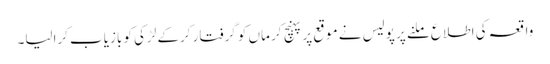
واقعہ کی اطلاع ملنے پر پولیس نے موقع پر پہنچ کر ماں کو گرفتار کرکے لڑکی کو بازیاب کرالیا۔